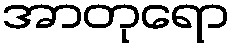
အာတုရော